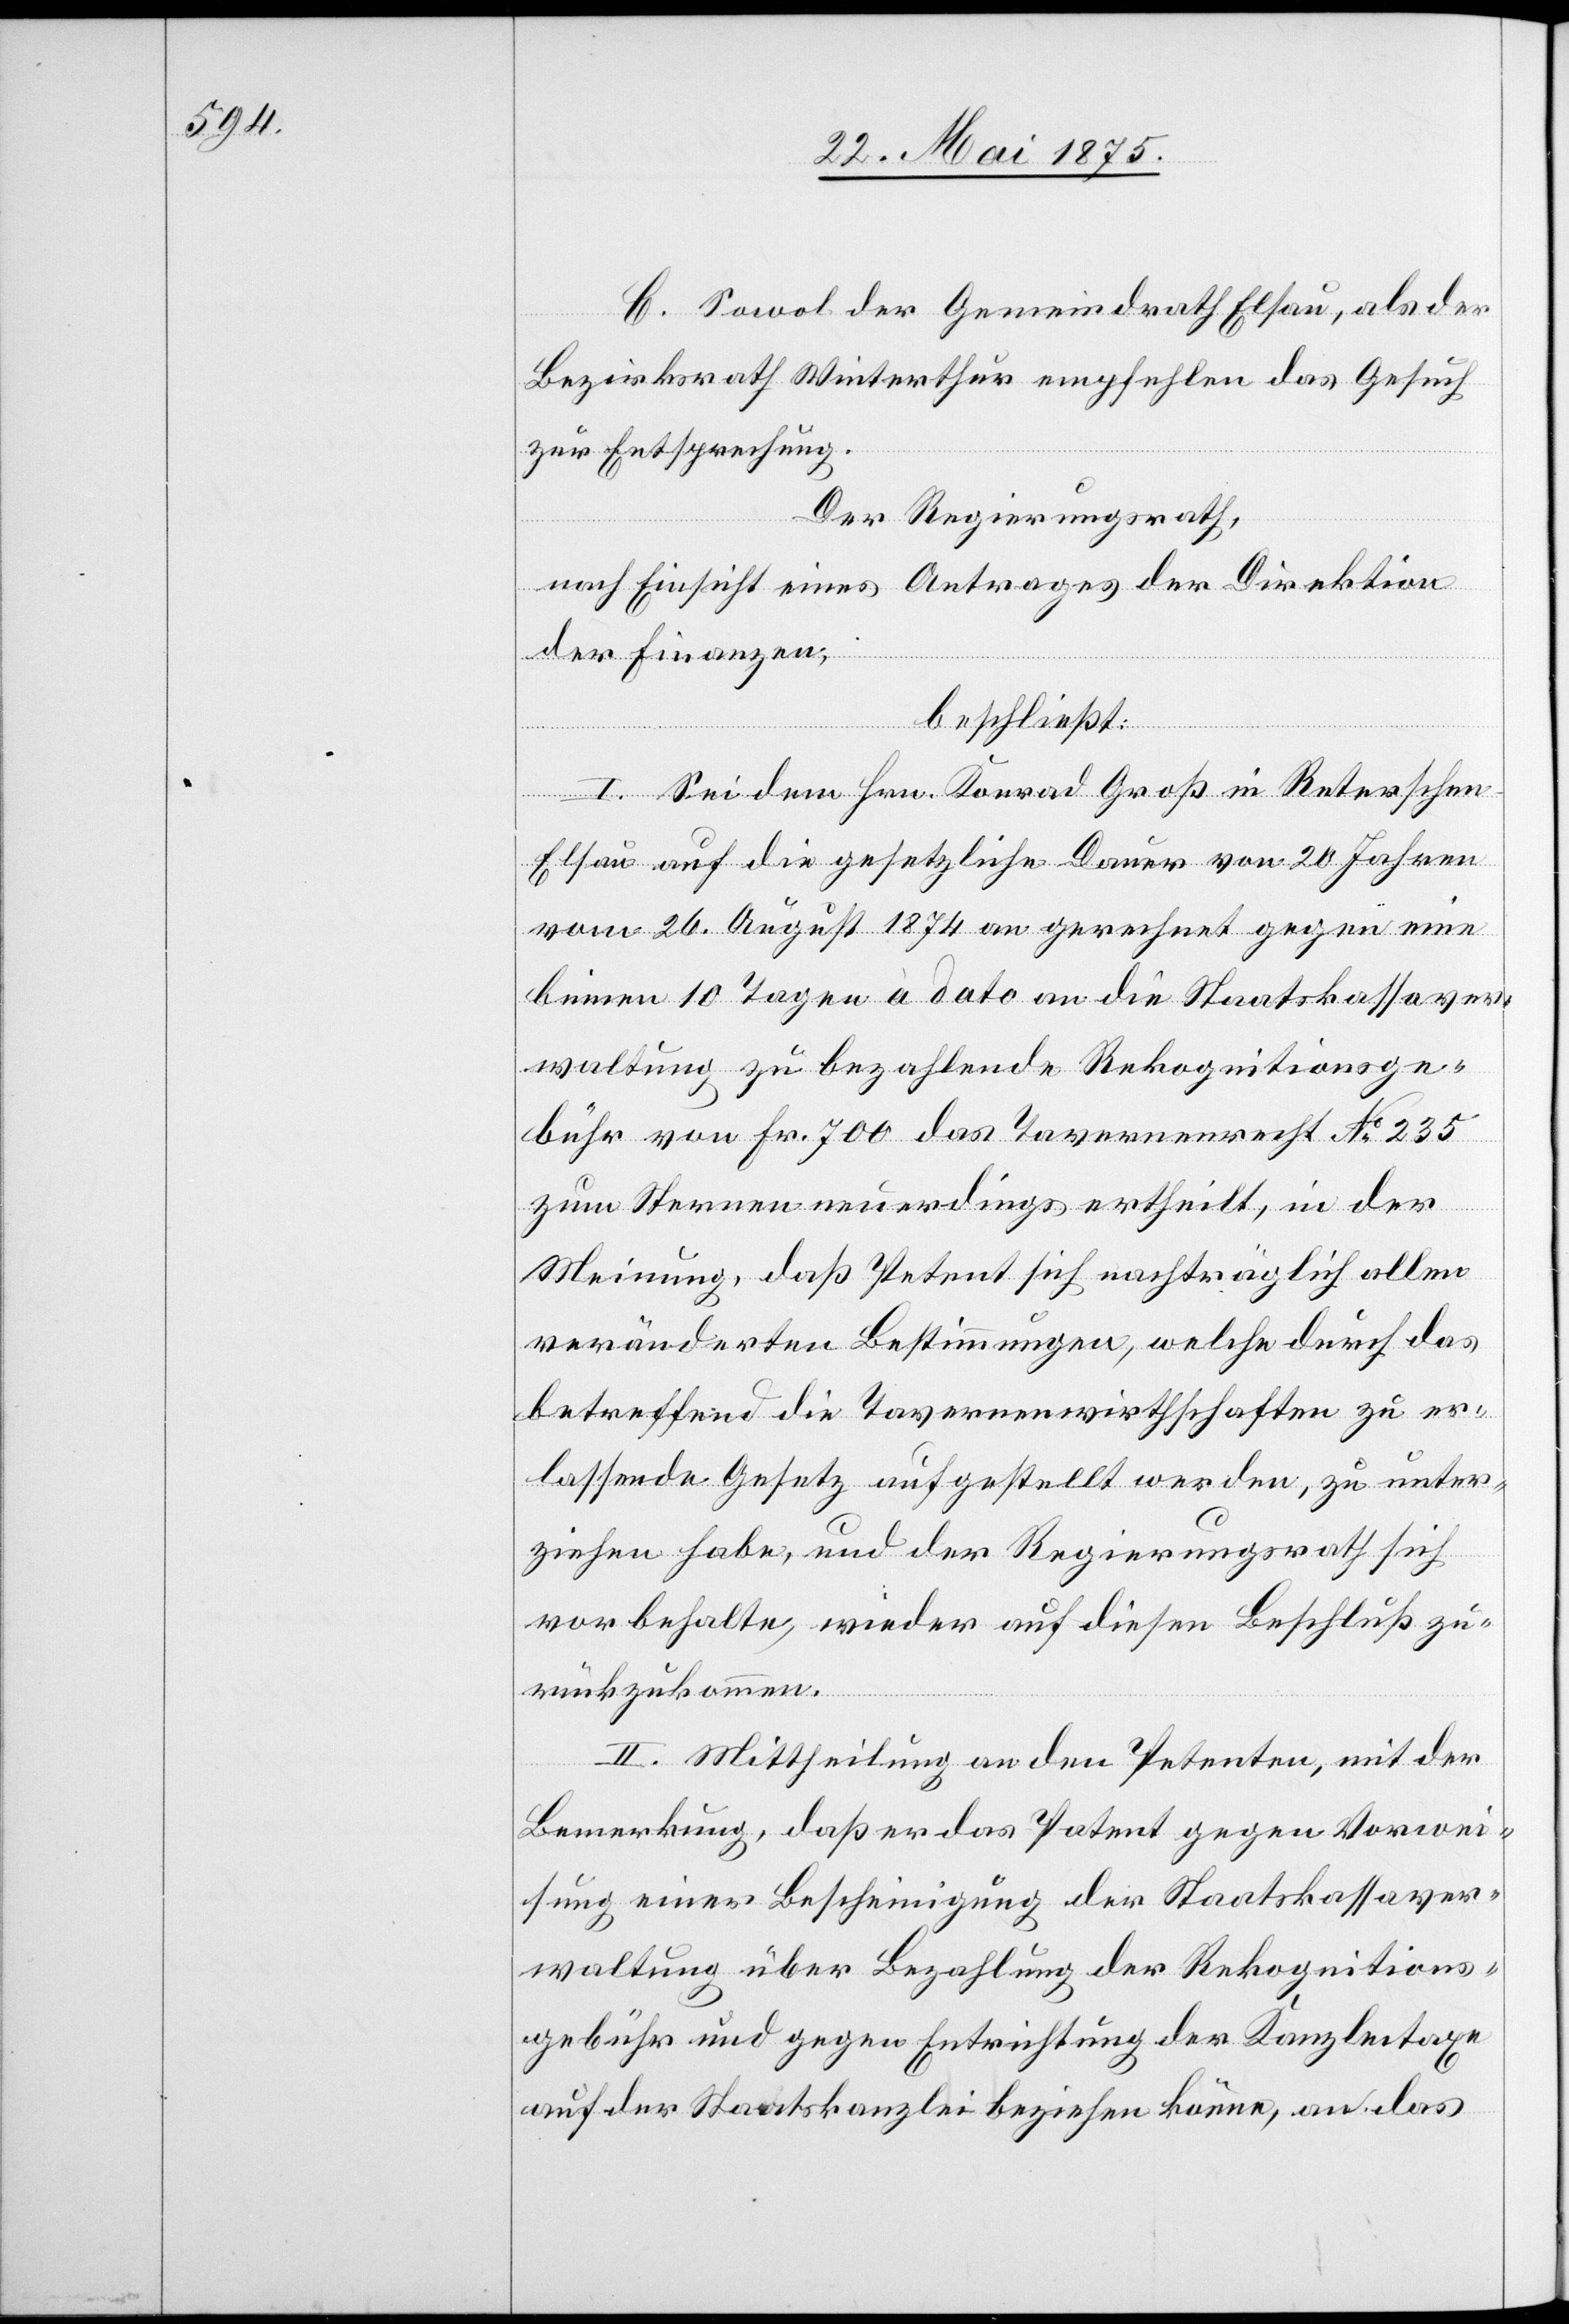
C. Sowol der Gemeindrath Elsau, als der
Bezirksrath Winterthur empfehlen das Gesuch
zur Entsprechung.
Der Regierungsrath,
nach Einsicht eines Antrages der Direktion
der Finanzen,
beschließt:
I. Sei dem Hrn. Konrad Groß in Reterschen
Elsau auf die gesetzliche Dauer von 20 Jahren
vom 26. August 1874 an gerechnet gegen eine
binnen 10 Tagen à dato an die Staatskassaver¬
waltung zu bezahlende Rekognitionsge¬
bühr von Fr. 700 das Tavernenrecht No 235
zum Sternen neuerdings ertheilt, in der
Meinung, daß Petent sich nachträglich allen
veränderten Bestimmungen, welche durch das
betreffend die Tavernenwirthschaften zu er¬
lassende Gesetz aufgestellt werden, zu unter¬
ziehen habe, und der Regierungsrath sich
vorbehalte wieder auf diesen Beschluß zu¬
rückzukommen.
II. Mittheilung an den Petenten, mit der
Bemerkung, daß er das Patent gegen Vorwei¬
sung einer Bescheinigung der Staatskassaver¬
waltung über Bezahlung der Rekognitions¬
gebühr und gegen Entrichtung der Kanzleitaxe
auf der Staatskanzlei beziehen könne, an das